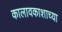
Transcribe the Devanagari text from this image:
कालावकाशाच्या